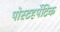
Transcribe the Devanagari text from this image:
पोस्टहर्पेटिक